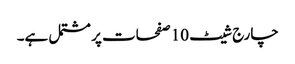
چارج شیٹ 10 صفحات پر مشتمل ہے۔